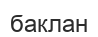
баклан